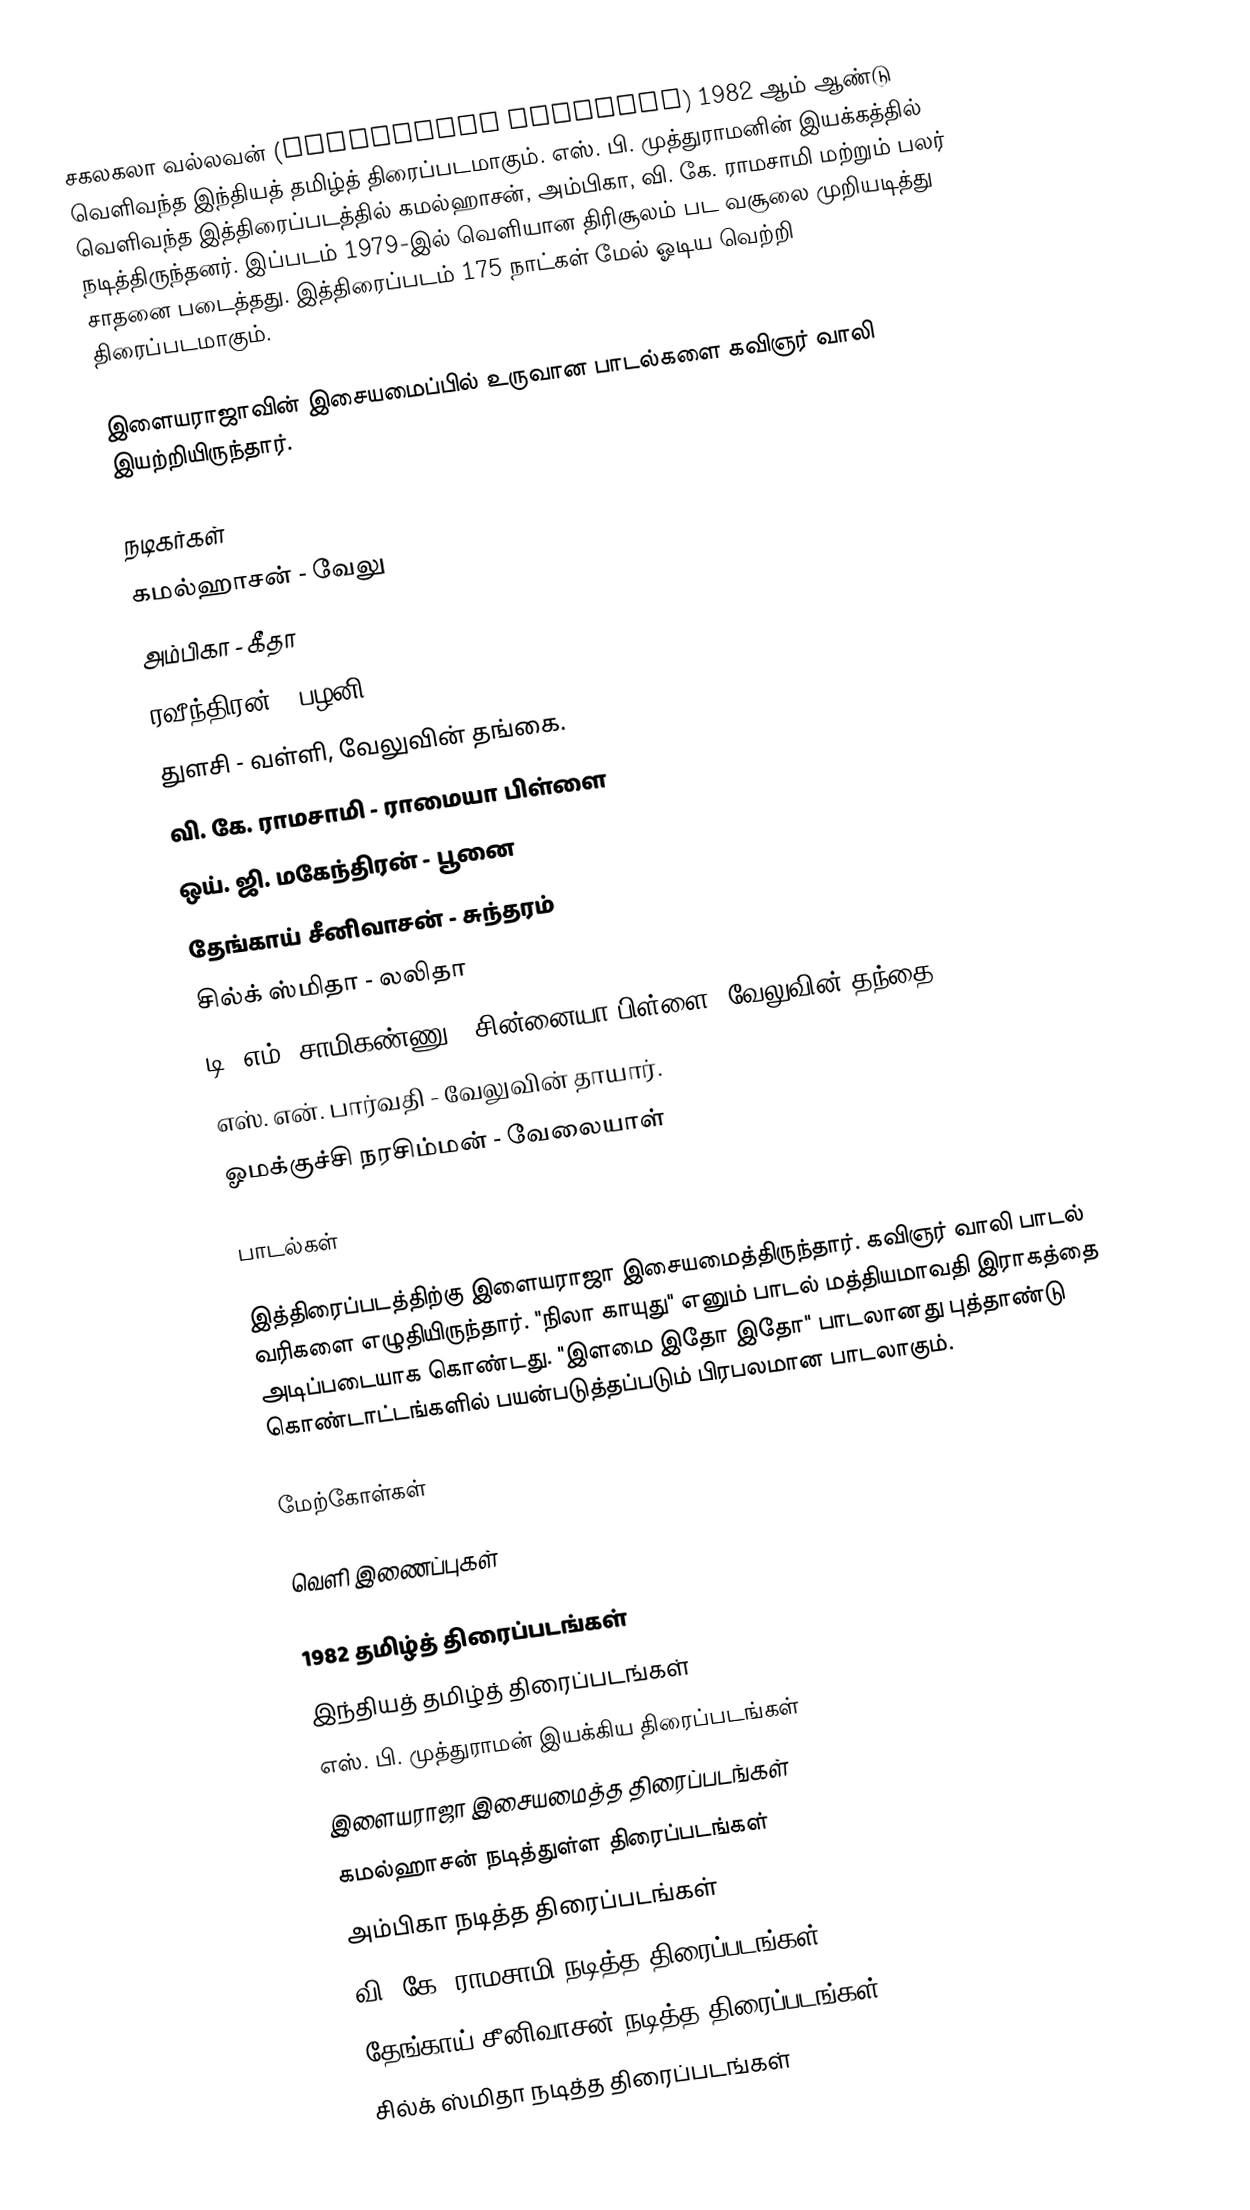
சகலகலா வல்லவன் (Sakalakala Vallavan) 1982 ஆம் ஆண்டு வெளிவந்த இந்தியத் தமிழ்த் திரைப்படமாகும். எஸ். பி. முத்துராமனின் இயக்கத்தில் வெளிவந்த இத்திரைப்படத்தில் கமல்ஹாசன், அம்பிகா, வி. கே. ராமசாமி மற்றும் பலர் நடித்திருந்தனர். இப்படம் 1979-இல் வெளியான திரிசூலம் பட வசூலை முறியடித்து சாதனை படைத்தது. இத்திரைப்படம் 175 நாட்கள் மேல் ஓடிய வெற்றி திரைப்படமாகும்.

இளையராஜாவின் இசையமைப்பில் உருவான பாடல்களை கவிஞர் வாலி இயற்றியிருந்தார்.

நடிகர்கள்
கமல்ஹாசன் - வேலு
அம்பிகா - கீதா
ரவீந்திரன் - பழனி
துளசி - வள்ளி, வேலுவின் தங்கை.
வி. கே. ராமசாமி - ராமையா பிள்ளை
ஒய். ஜி. மகேந்திரன் - பூனை
தேங்காய் சீனிவாசன் - சுந்தரம்
சில்க் ஸ்மிதா - லலிதா
டி. எம். சாமிகண்ணு - சின்னையா பிள்ளை, வேலுவின் தந்தை.
எஸ். என். பார்வதி - வேலுவின் தாயார்.
ஓமக்குச்சி நரசிம்மன் - வேலையாள்

பாடல்கள்

இத்திரைப்படத்திற்கு இளையராஜா இசையமைத்திருந்தார். கவிஞர் வாலி பாடல் வரிகளை எழுதியிருந்தார். "நிலா காயுது" எனும் பாடல் மத்தியமாவதி இராகத்தை அடிப்படையாக கொண்டது. "இளமை இதோ இதோ" பாடலானது புத்தாண்டு கொண்டாட்டங்களில் பயன்படுத்தப்படும் பிரபலமான பாடலாகும்.

மேற்கோள்கள்

வெளி இணைப்புகள்

1982 தமிழ்த் திரைப்படங்கள்
இந்தியத் தமிழ்த் திரைப்படங்கள்
எஸ். பி. முத்துராமன் இயக்கிய திரைப்படங்கள்
இளையராஜா இசையமைத்த திரைப்படங்கள்
கமல்ஹாசன் நடித்துள்ள திரைப்படங்கள்
அம்பிகா நடித்த திரைப்படங்கள்
வி. கே. ராமசாமி நடித்த திரைப்படங்கள்
தேங்காய் சீனிவாசன் நடித்த திரைப்படங்கள்
சில்க் ஸ்மிதா நடித்த திரைப்படங்கள்